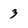
Character: 3